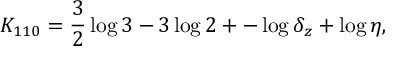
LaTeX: K _ { 1 1 0 } = \frac 3 2 \log 3 - 3 \log 2 + - \log \delta _ { z } + \log \eta ,